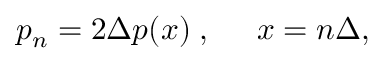
p _ { n } = 2 \Delta p ( x ) \; , \; \; \; \; \; x = n \Delta ,